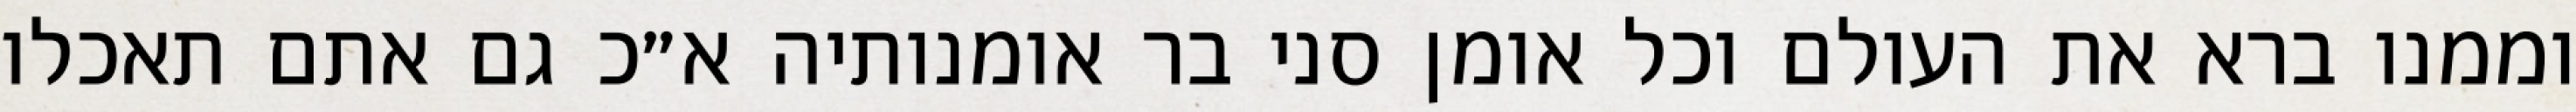
וממנו ברא את העולם וכל אומן סני בר אומנותיה א״כ גם אתם תאכלו